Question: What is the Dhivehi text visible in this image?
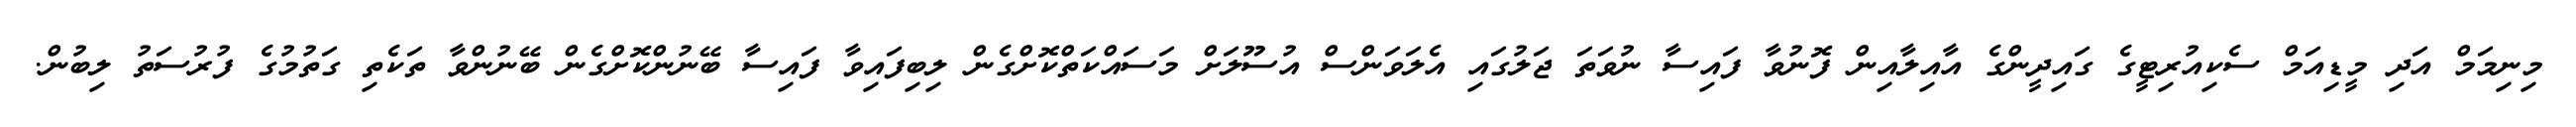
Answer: މިނިމަމް އަދި މީޑިއަމް ސެކިއުރިޓީގެ ގައިދީންގެ އާއިލާއިން ފޮނުވާ ފައިސާ ނުވަތަ ޖަލުގައި އެލަވަންސް އުސޫލަށް މަސައްކަތްކޮށްގެން ލިބިފައިވާ ފައިސާ ބޭނުންކޮށްގެން ބޭނުންވާ ތަކެތި ގަތުމުގެ ފުރުސަތު ލިބުން.